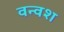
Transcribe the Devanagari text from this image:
वन्वश